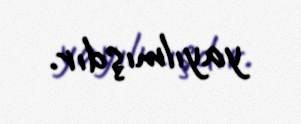
yayılmışdır.